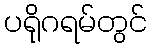
ပရိုဂရမ်တွင်